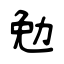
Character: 勉